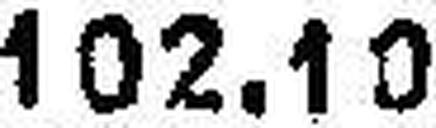
102.10